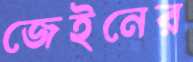
জেইনের